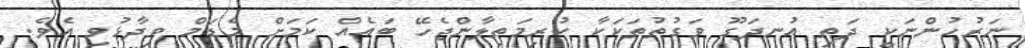
ނަރުހުންނަކީ ދަތި އުނދަގޫ ވަގުތުތަކަކާ ކުރިމަތިލާންޖެހޭ ބައެއް ކަމަށް މެޑަމް ވިދާޅުވި އެވެ.